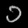
Digit: ၁